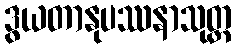
ဒွယတာနုပဿနာသုတ္တ